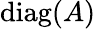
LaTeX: \operatorname{diag}(A)